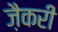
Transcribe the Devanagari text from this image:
ज़ैकरी